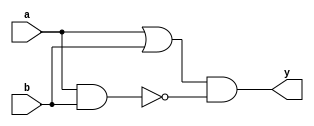
module xor_gate (
    input a,
    input b,
    output y
);

wire a_and_b;
wire a_or_b;

assign a_and_b = a & b;
assign a_or_b = a | b;
assign y = a_or_b & ~a_and_b;

endmodule